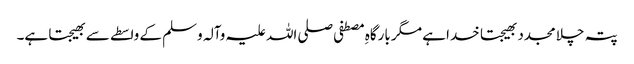
پتہ چلا مجدد بھیجتا خدا ہے مگر بارگاہِ مصطفی صلی اللہ علیہ وآلہ وسلم کے واسطے سے بھیجتا ہے۔